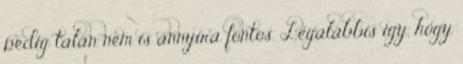
pedig talán nem is annyira fontos. Legalábbis így, hogy